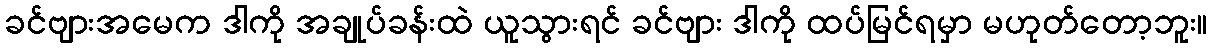
ခင်ဗျားအမေက ဒါကို အချုပ်ခန်းထဲ ယူသွားရင် ခင်ဗျား ဒါကို ထပ်မြင်ရမှာ မဟုတ်တော့ဘူး။